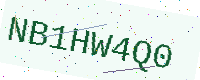
Text: NB1HW4Q0